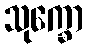
သုက္ခော